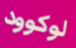
لوكوود